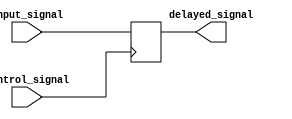
module Timing_Control_Synchronization_Blocks_Multiplexer_Delay (
    input wire [7:0] input_signal,
    input wire control_signal,
    output reg [7:0] delayed_signal
);

always @ (posedge control_signal) begin
    case(control_signal)
        3'b000: delayed_signal <= input_signal; // No delay
        3'b001: delayed_signal <= #1 input_signal; // 1 time unit delay
        3'b010: delayed_signal <= #2 input_signal; // 2 time unit delay
        3'b011: delayed_signal <= #3 input_signal; // 3 time unit delay
        // Add more delay options as needed
        default: delayed_signal <= input_signal;
    endcase
end

endmodule